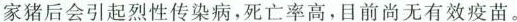
家猪后会引起烈性传染病，死亡率高，目前尚无有效疫苗。